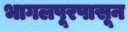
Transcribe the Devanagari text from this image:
भागलपूरपासून